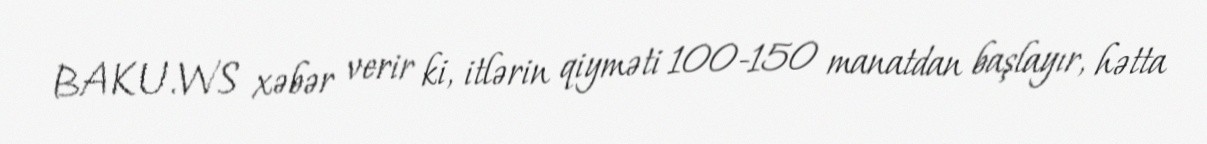
BAKU.WS xəbər verir ki, itlərin qiyməti 100-150 manatdan başlayır, hətta